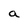
Character: a